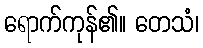
ရောက်ကုန်၏။ တေသံ၊